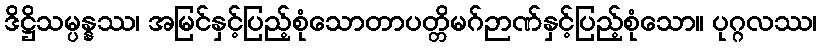
ဒိဋ္ဌိသမ္ပန္နဿ၊ အမြင်နှင့်ပြည့်စုံသောတာပတ္တိမဂ်ဉာဏ်နှင့်ပြည့်စုံသော။ ပုဂ္ဂလဿ၊